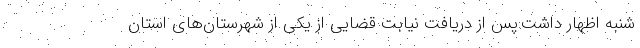
شنبه اظهار داشت:پس از دریافت نیابت قضایی از یکی از شهرستان‌های استان